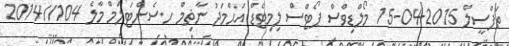
ތަފްސީލް 2015-04-15 މޯލްޑިވްސް ޕޯޓްސް ލިމިޓެޑް އަޙްމަދު ނާޡިމް ހ.ސެންޓަލަމް މާލެ 104//2014